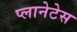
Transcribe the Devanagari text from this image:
प्लानेटेस